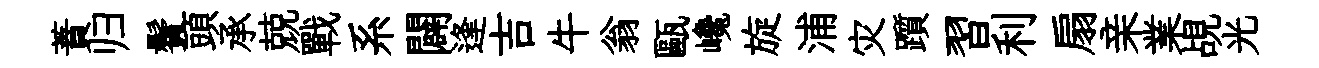
蕡归鬢頭承兢戰系闢逢吉牛翁甌巉旋浦灾躓習利扇亲業覘光